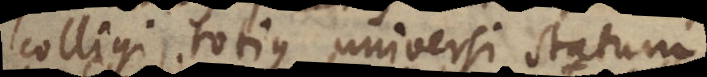
colligi totius universi statum